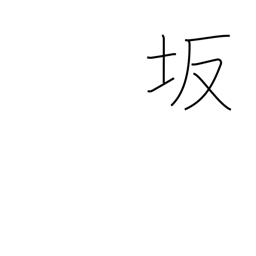
Meaning: slope